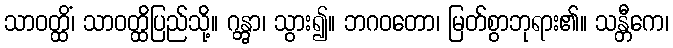
သာဝတ္ထိံ၊ သာဝတ္ထိပြည်သို့။ ဂန္တွာ၊ သွား၍။ ဘဂဝတော၊ မြတ်စွာဘုရား၏။ သန္တီကေ၊